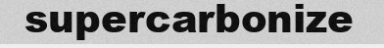
supercarbonize